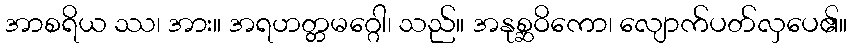
အာစရိယ ဿ၊ အား။ အရဟတ္တမဂ္ဂေါ၊ သည်။ အနုစ္ဆဝိကော၊ လျောက်ပတ်လှပေ၏။